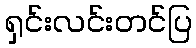
ရှင်းလင်းတင်ပြ